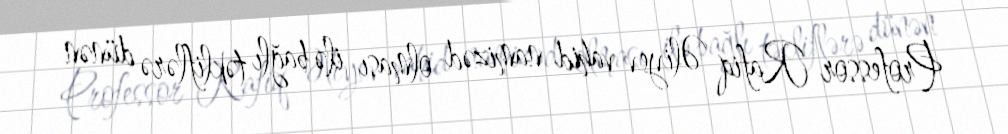
Professor Rafiq Əliyev vahid namizəd olması ilə bağlı təkliflərə dünən